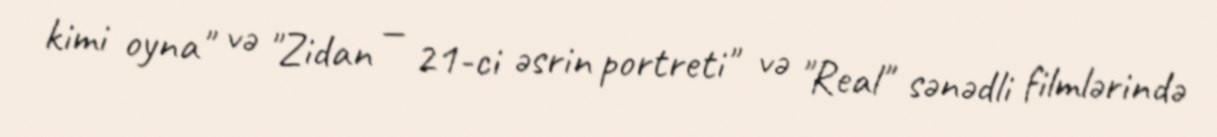
kimi oyna" və "Zidan — 21-ci əsrin portreti" və "Real" sənədli filmlərində